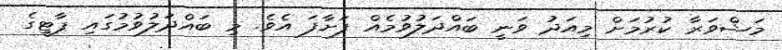
މަޝްވަރާ ކުރުމަށް މިއަދު ވަނީ ބައްދަލުވުމެއް ފަށާފަ އެވެ. މި ބައްދަލުވުމުގައި ޕާޓީގެ